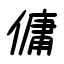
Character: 傭